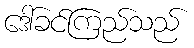
ဒေါ်ခင်ကြည်သည်